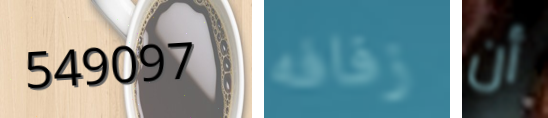
549097 زفافه أن